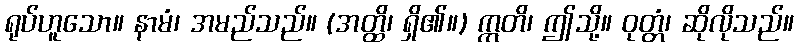
ရုပ်ဟူသော။ နာမံ၊ အမည်သည်။ (အတ္ထိ၊ ရှိ၏။) ဣတိ၊ ဤသို့။ ဝုတ္တံ၊ ဆိုလိုသည်။